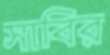
সাবির